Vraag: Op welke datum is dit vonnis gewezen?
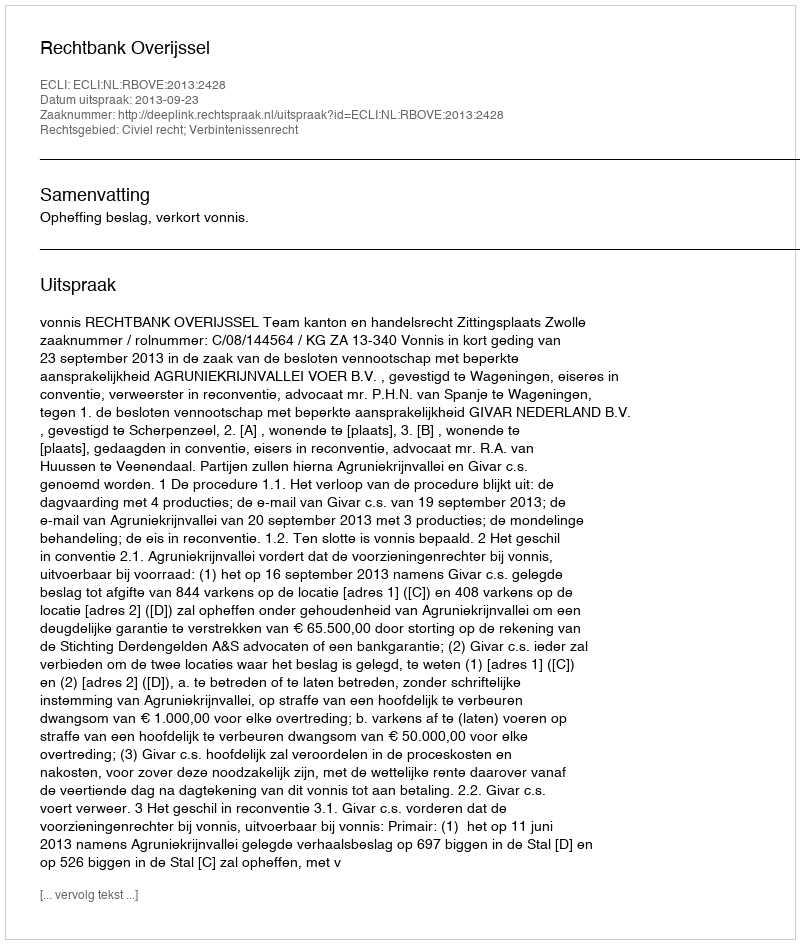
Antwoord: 2013-09-23